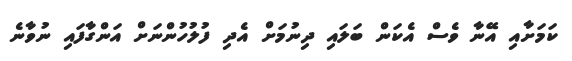
ކަމަށާއި އޭނާ ވެސް އެކަން ބަލައި ދިނުމަށް އެދި ފުލުހުންނަށް އަންގާފައި ނުވާނެ